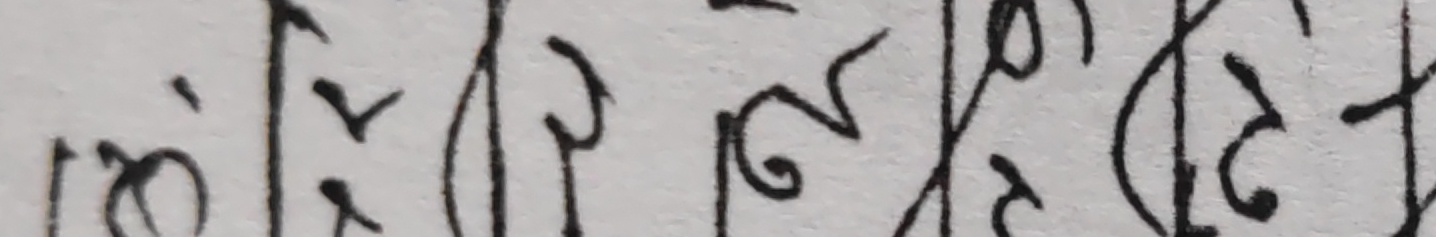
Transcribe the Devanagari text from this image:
ने।रुछघद्रट